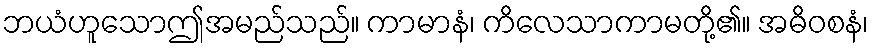
ဘယံဟူသောဤအမည်သည်။ ကာမာနံ၊ ကိလေသာကာမတို့၏။ အဓိဝစနံ၊